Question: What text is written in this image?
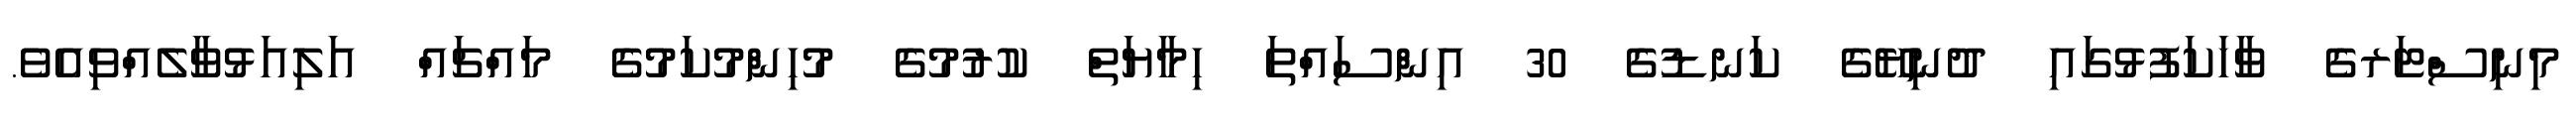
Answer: މިނިސްޓަރގެ ވާހަކަފުޅުގައި ދުނިޔޭގެ ކަނޑުގެ 30 އިންސައްތަ ހިމާޔަތް ކުރުމުގެ މުހިންމުކަމުގެ މައްޗައް އަލިއަޅުވާލެއްވިއެވެ.